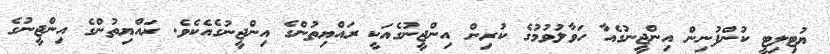
ޔުޓިލިޓީ ކުންފުނިން އިންޖީނުގެއާ ހަވާލުވުމުގެ ކުރިން އިންޖީނުގެއަކީ ރައްޔިތުންގެ އިންޖީނުގެއެކެވެ. ރައްޔިތުންގެ އިންޖީނުގެ